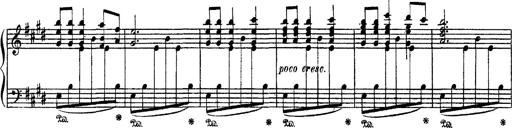
Title: Apparitions
Composer: Franz Liszt